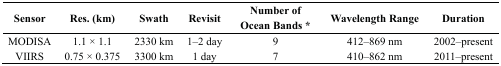
<table><thead><tr><td><b>Sensor</b></td><td><b>Res. (km)</b></td><td><b>Swath</b></td><td><b>Revisit</b></td><td><b>Number of Ocean Bands *</b></td><td><b>Wavelength Range</b></td><td><b>Duration</b></td></tr></thead><tbody><tr><td>MODISA</td><td>1.1 × 1.1</td><td>2330 km</td><td>1–2 day</td><td>9</td><td>412–869 nm</td><td>2002–present</td></tr><tr><td>VIIRS</td><td>0.75 × 0.375</td><td>3300 km</td><td>1 day</td><td>7</td><td>410–862 nm</td><td>2011–present</td></tr></tbody></table>